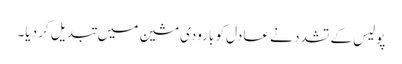
پولیس کے تشدد نے عادل کو بارودی مشین میں تبدیل کر دیا۔